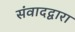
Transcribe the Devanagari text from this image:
संवादद्वारा